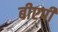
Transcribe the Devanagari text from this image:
बीएपी